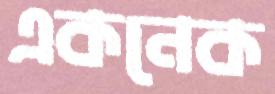
একনেক